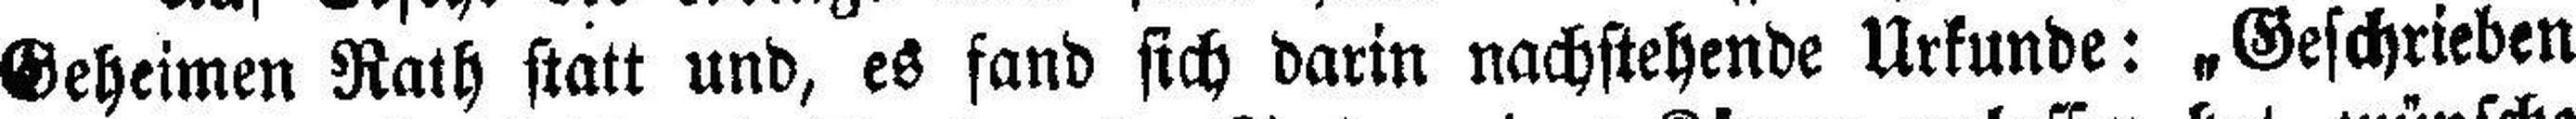
Geheimen Rath statt und, es fand sich darin nachstehende Urkunde: „Geschrieben